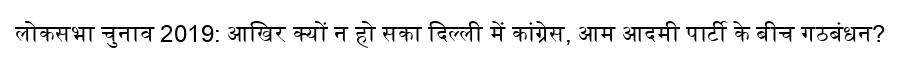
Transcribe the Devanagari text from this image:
लोकसभा चुनाव 2019: आखिर क्यों न हो सका दिल्ली में कांग्रेस, आम आदमी पार्टी के बीच गठबंधन?